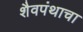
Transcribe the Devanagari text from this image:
शैवपंथाचा